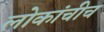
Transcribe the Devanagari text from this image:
लोकांचीच